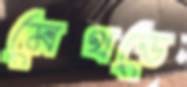
মেথডে